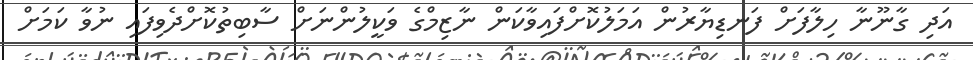
އަދި ގާނޫނާ ހިލާފަށް ފަނޑިޔާރުން އަމަލުކޮށްފައިވާކަން ނާޒިމްގެ ވަކީލުންނަށް ސާބިތުކޮށްދެވިފައި ނުވާ ކަމަށް